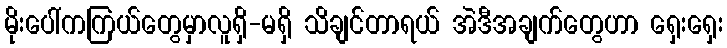
မိုးပေါ်ကကြယ်တွေမှာလူရှိ-မရှိ သိချင်တာရယ် အဲဒီအချက်တွေဟာ ရှေးရှေး